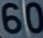
60